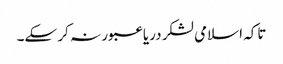
تاکہ اسلامی لشکر دریا عبور نہ کر سکے۔